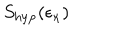
LaTeX: S _ { \mathrm { h y p } } ( \epsilon _ { \kappa } )